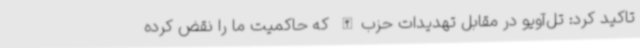
تاکید کرد: تل‌آویو در مقابل تهدیدات حزب‌الله که حاکمیت ما را نقض کرده